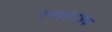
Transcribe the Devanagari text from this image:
एसकोरबिक